Indian journal of veterinary science and animal husbandry - Volumes 18-21, 1948-1951
Year: 1948
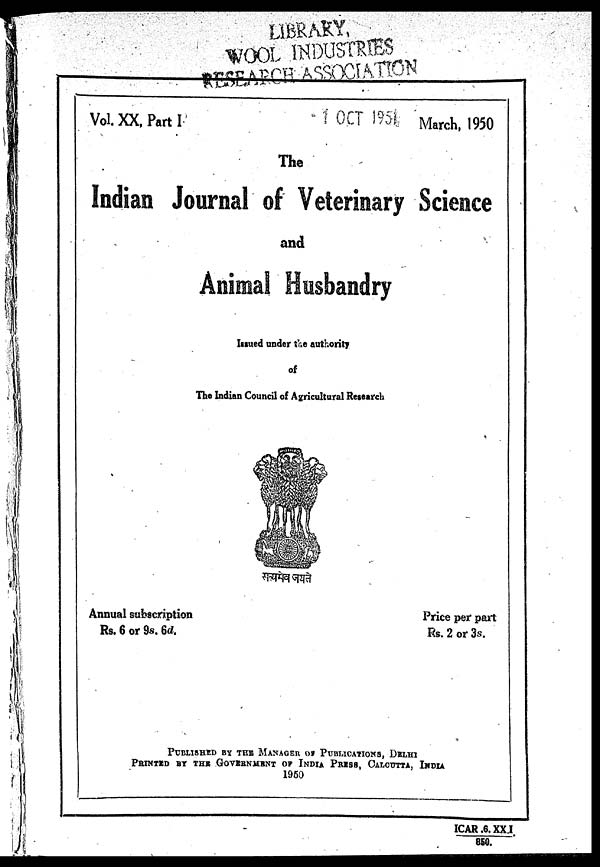
Vol.XX, Part I
March, 1950
The
Indian Journal of Veterinary Science
and
Animal Husbandry
Issued under the authority
of
The Indian Council of Agricultural Research
Annual subscription
Rs. 6 or 9s. 6d.
Price per part
Rs. 2 or 3s.
PUBLISHED BY THE MANAGER OF PUBLICATIONS, DELHI
PRINTED BY THE GOVERNMENT OF INDIA PRESS, CALCUTTA, INDIA
1950
ICAR.6.XX.I/850.